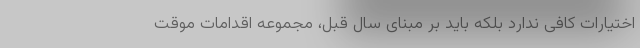
اختیارات کافی ندارد بلکه باید بر مبنای سال قبل، مجموعه اقدامات موقت